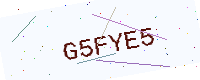
Text: G5FYE5